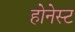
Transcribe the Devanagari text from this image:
होनेस्ट